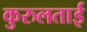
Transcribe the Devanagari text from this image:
कुरुलताई